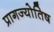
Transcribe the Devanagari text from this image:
प्रागज्योतिष